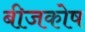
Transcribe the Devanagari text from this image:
बीजकोष